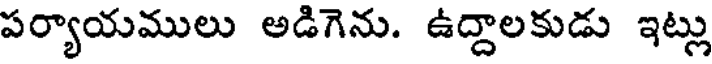
పర్యాయములు అడిగెను. ఉద్దాలకుడు ఇట్లు